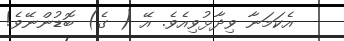
އެކަމަނާ ވިދާޅުވިއެވެ. އޭ ( ގެ) ބޮޑުންނޭވެ!